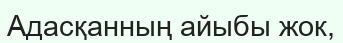
Адасқанның айыбы жок,